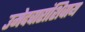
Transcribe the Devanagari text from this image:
उमेदवारांशिवाय